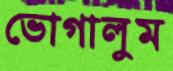
ভোগালুম